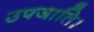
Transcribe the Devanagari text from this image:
उपजाति।